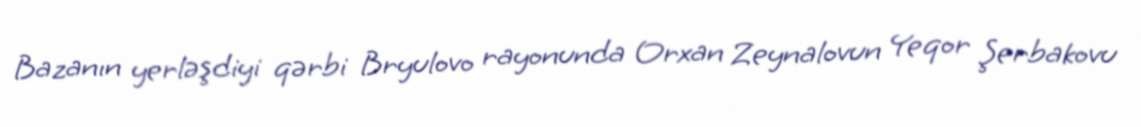
Bazanın yerləşdiyi qərbi Bryulovo rayonunda Orxan Zeynalovun Yeqor Şerbakovu